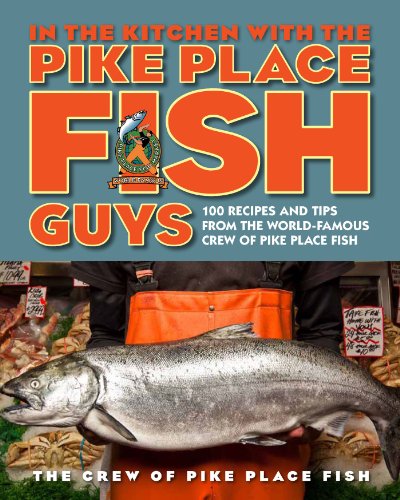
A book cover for In the Kitchen with the Pike Place Fish Guys: 100 Recipes and Tips from the World-Famous Crew of Pike Place Fish; The Crew of Pike Place Fish; Cookbooks, Food & Wine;